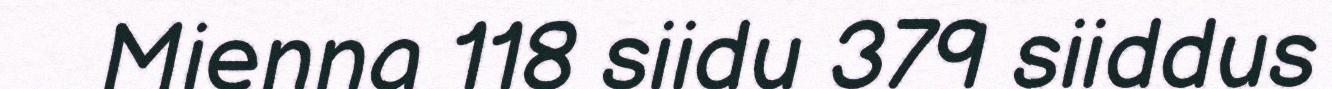
Mienna 118 siidu 379 siiddus